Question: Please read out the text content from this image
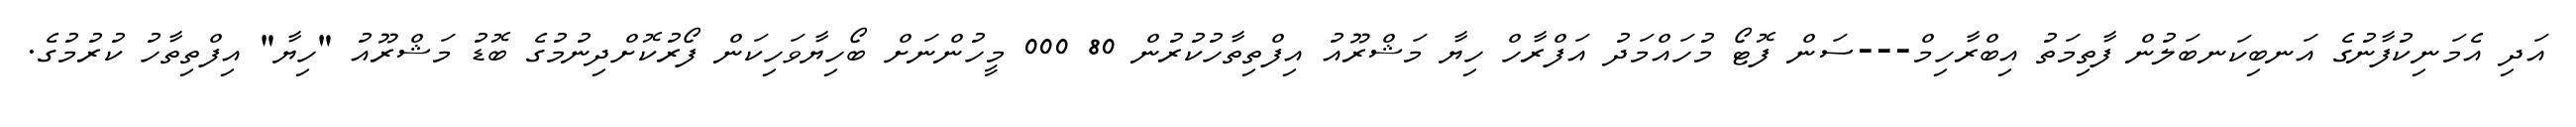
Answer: އަދި އެމަނިކުފާނުގެ އަނބިކަނބަލުން ފާތިމަތު އިބްރާހިމް---ސަން ފޮޓޯ މުހައްމަދު އަފްރާހް ހިޔާ މަޝްރޫއު އިފްތިތާހުކުރުން 80 000 މީހުންނަށް ބޯހިޔާވަހިކަން ފޯރުކޮށްދިނުމުގެ ބޮޑު މަޝްރޫއު "ހިޔާ" އިފްތިތާހު ކުރުމުގެ.